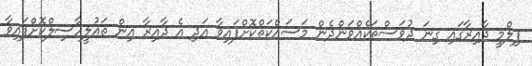
ފިލްމީ ދާއިރާގައި ގިނަ ދުވަސްތަކެއްވަންދެން މަސައްކަތްކޮށްފައިވާ އަދި އެ ދާއިރާ އިން ތައުލީހާސިލްކޮށްފައިވާ